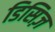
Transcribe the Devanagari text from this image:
डिसिज़